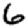
Digit: 6